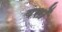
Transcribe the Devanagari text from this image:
बसोँ